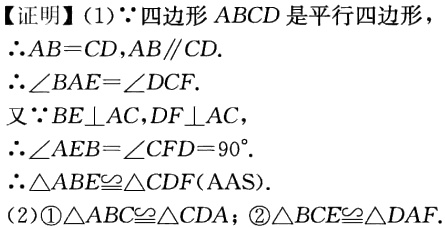
【证明】
(1)$\because$四边形$ABCD$是平行四边形，
$\therefore AB = CD,AB\parallel CD$.
$\therefore\angle BAE=\angle DCF$.
又$\because BE\perp AC,DF\perp AC$，
$\therefore\angle AEB=\angle CFD = 90^{\circ}$.
$\therefore\triangle ABE\cong\triangle CDF(\text{AAS})$.
(2)\textcircled{1}$\triangle ABC\cong\triangle CDA$；\textcircled{2}$\triangle BCE\cong\triangle DAF$.